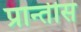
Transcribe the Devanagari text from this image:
प्रान्तीस